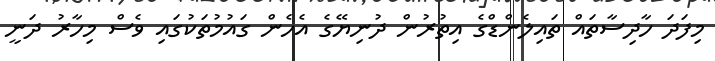
މިފަދަ ހާދިސާތައް ތައިލެންޑްގެ އިތުރުން ދުނިޔޭގެ އެހެން ގައުމުތަކުގައި ވެސް މިހާރު ދަނީ